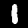
Digit: 1